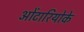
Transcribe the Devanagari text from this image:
ओंटारियोके